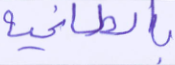
بالطاغية